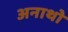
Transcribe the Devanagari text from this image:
अनाथो